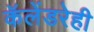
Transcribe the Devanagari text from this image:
कॅलेंडरेही